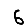
Digit: 6